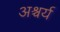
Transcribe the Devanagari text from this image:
अश्चर्य